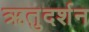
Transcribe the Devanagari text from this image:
ऋतुदर्शन